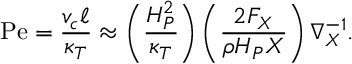
\mathrm { P e } = { \frac { v _ { c } \ell } { \kappa _ { T } } } \approx \left( { \frac { H _ { P } ^ { 2 } } { \kappa _ { T } } } \right) \left( { \frac { 2 F _ { X } } { \rho H _ { P } X } } \right) \nabla _ { X } ^ { - 1 } .